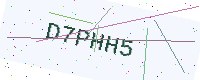
Text: D7PHH5